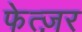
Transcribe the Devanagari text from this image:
फेत्ज़र